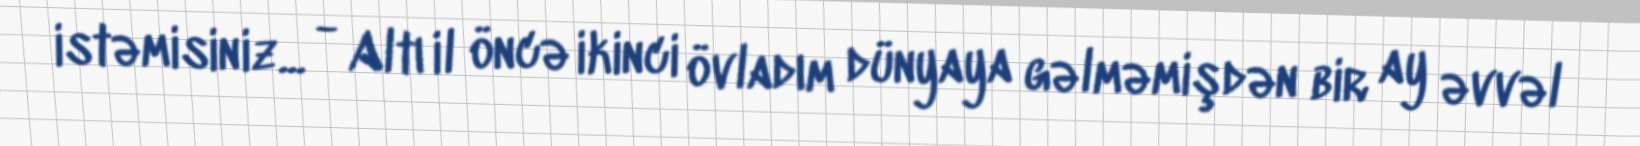
istəmisiniz... - Altı il öncə ikinci övladım dünyaya gəlməmişdən bir ay əvvəl